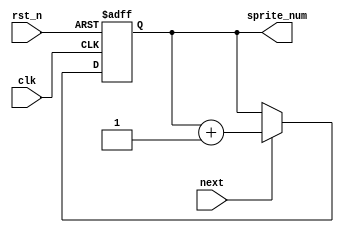
module sprite_counter(input clk, input rst_n, input next, output reg[2:0] sprite_num);
   
   wire[2:0] next_sprite_num; //change back to 8-bit line after testing
   
   assign next_sprite_num = next ? sprite_num + 1 : sprite_num; 
   
   always@(posedge clk, negedge rst_n) begin
    if(!rst_n) begin
        sprite_num <= 3'b111;
     end
    else begin
        sprite_num <= next_sprite_num;
     end
   end

endmodule